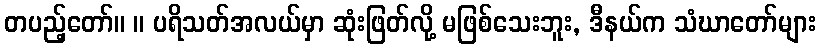
တပည့်တော်။ ။ ပရိသတ်အလယ်မှာ ဆုံးဖြတ်လို့ မဖြစ်သေးဘူး, ဒီနယ်က သံဃာတော်များ